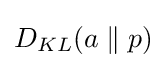
D_{KL}(a\parallel p)